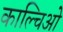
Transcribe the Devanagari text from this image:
काल्चिओ